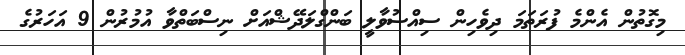
މިގޮތުން އެންމެ ފުރަތަމަ ދިވެހިން ސިއްސުވާލީ ބަންގްލަދޭޝްއަށް ނިސްބަތްވާ އުމުރުން 9 އަހަރުގެ